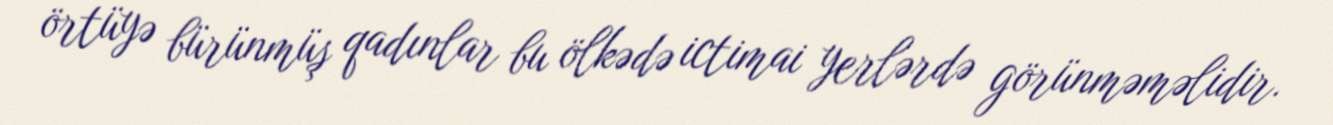
örtüyə bürünmüş qadınlar bu ölkədə ictimai yerlərdə görünməməlidir.